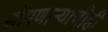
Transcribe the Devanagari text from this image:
झोपणाऱ्याचीही